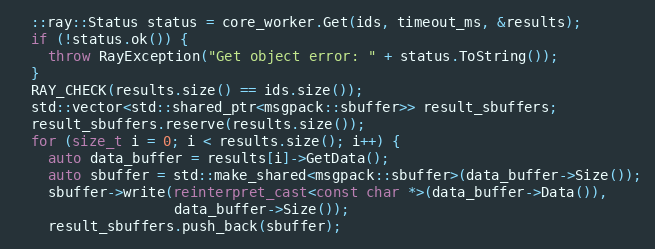
Language: C++
  ::ray::Status status = core_worker.Get(ids, timeout_ms, &results);
  if (!status.ok()) {
    throw RayException("Get object error: " + status.ToString());
  }
  RAY_CHECK(results.size() == ids.size());
  std::vector<std::shared_ptr<msgpack::sbuffer>> result_sbuffers;
  result_sbuffers.reserve(results.size());
  for (size_t i = 0; i < results.size(); i++) {
    auto data_buffer = results[i]->GetData();
    auto sbuffer = std::make_shared<msgpack::sbuffer>(data_buffer->Size());
    sbuffer->write(reinterpret_cast<const char *>(data_buffer->Data()),
                   data_buffer->Size());
    result_sbuffers.push_back(sbuffer);